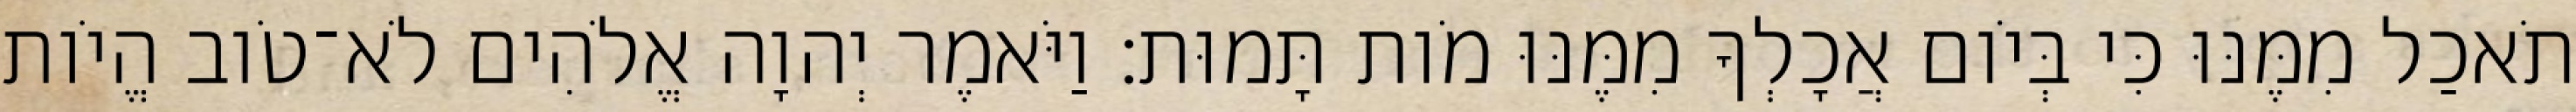
תֹאכַל מִמֶּנּוּ כִּי בְּיֹום אֲכָלְךָ מִמֶּנּוּ מֹות תָּמוּת׃ וַיֹּאמֶר יְהוָה אֱלֹהִים לֹא־טֹוב הֱיֹות